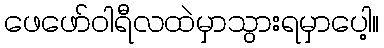
ဖေဖော်ဝါရီလထဲမှာသွားရမှာပေါ့။